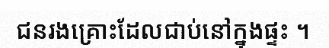
ជនរងគ្រោះដែលជាប់នៅក្នុងផ្ទះ ។